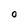
Character: O